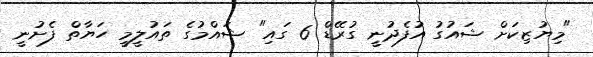
"މިޔުޒިކަށް ޝައުގު އުފެދުނީ ގުރޭޑް 6 ގައި" ޝައްމުގެ ތައުލީމީ ހަޔާތް ފެށުނީ